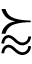
\succapprox